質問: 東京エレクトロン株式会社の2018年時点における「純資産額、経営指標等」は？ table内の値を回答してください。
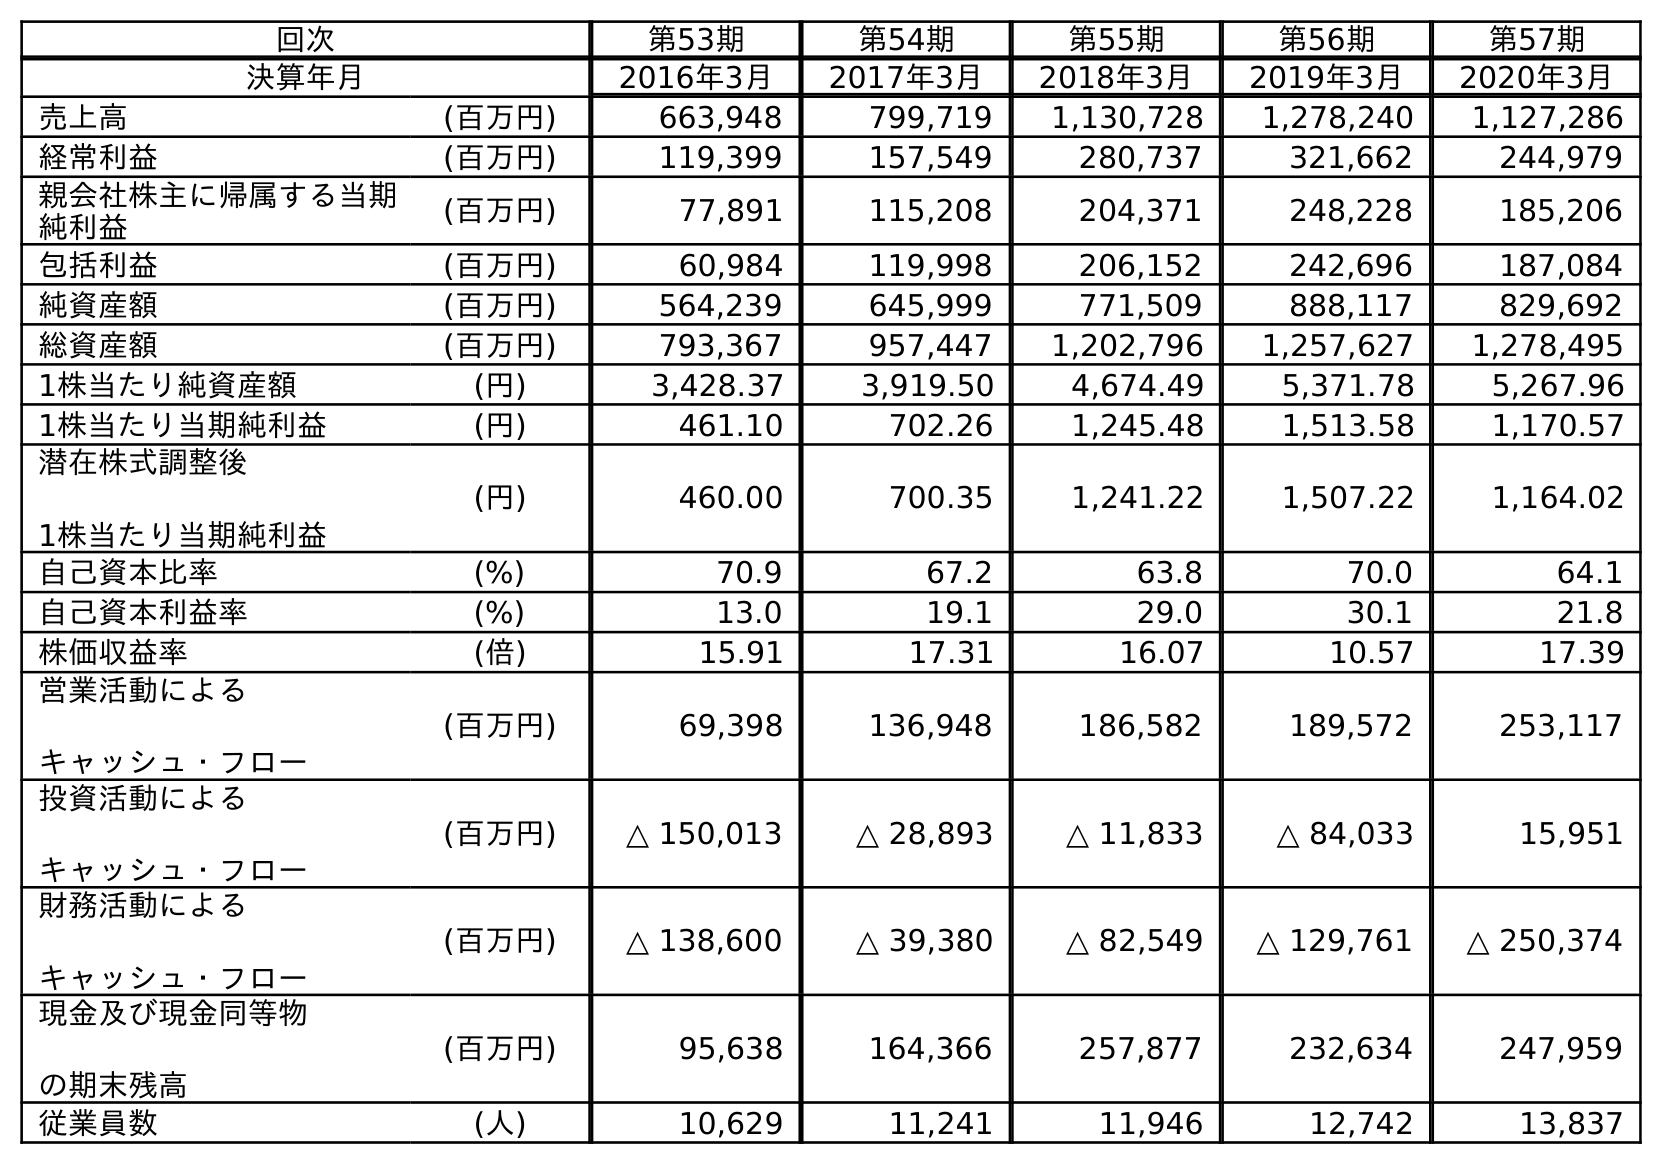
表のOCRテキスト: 回次 第53期 第54期 第55期 第56期 第57期 決算年月 2016年3月 2017年3月 2018年3月 2019年3月 2020年3月 売上高 (百万円) 663,948 799,719 1,130,728 1,278,240 1,127,286 経常利益 (百万円) 119,399 157,549 280,737 321,662 244,979 親会社株主に帰属する当期 純利益 (百万円) 77,891 115,208 204,371 248,228 185,206 包括利益 (百万円) 60,984 119,998 206,152 242,696 187,084 純資産額 (百万円) 564,239 645,999 771,509 888,117 829,692 総資産額 (百万円) 793,367 957,447 1,202,796 1,257,627 1,278,495 1株当たり純資産額 (円) 3,428.37 3,919.50 4,674.49 5,371.78 5,267.96 1株当たり当期純利益 (円) 461.10 702.26 1,245.48 1,513.58 1,170.57 潜在株式調整後 1株当たり当期純利益 (円) 460.00 700.35 1,241.22 1,507.22 1,164.02 自己資本比率 (%) 70.9 67.2 63.8 70.0 64.1 自己資本利益率 (%) 13.0 19.1 29.0 30.1 21.8 株価収益率 (倍) 15.91 17.31 16.07 10.57 17.39 営業活動による キャッシュ・フロー (百万円) 69,398 136,948 186,582 189,572 253,117 投資活動による キャッシュ・フロー (百万円) △ 150,013 △ 28,893 △ 11,833 △ 84,033 15,951 財務活動による キャッシュ・フロー (百万円) △ 138,600 △ 39,380 △ 82,549 △ 129,761 △ 250,374 現金及び現金同等物 の期末残高 (百万円) 95,638 164,366 257,877 232,634 247,959 従業員数 (人) 10,629 11,241 11,946 12,742 13,837
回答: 771,509